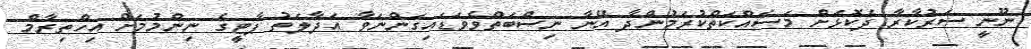
ނޫނީ ސަރުކާރާ ދެކޮޅަށް މަސައްކަތްކުރަމުންދާ އޭނާ ނިސްބަތްވެވަޑައިގަންނަވާ އަދާލަތު ޕާޓީގެ ނިންމުމަށް އިހްތިރާމް